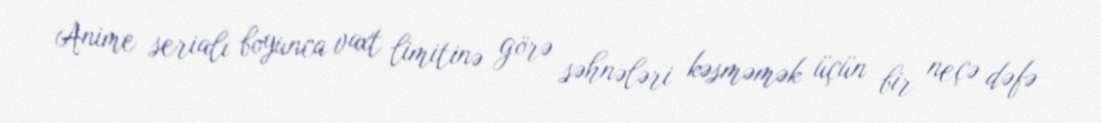
Anime serialı boyunca vaxt limitinə görə səhnələri kəsməmək üçün bir neçə dəfə